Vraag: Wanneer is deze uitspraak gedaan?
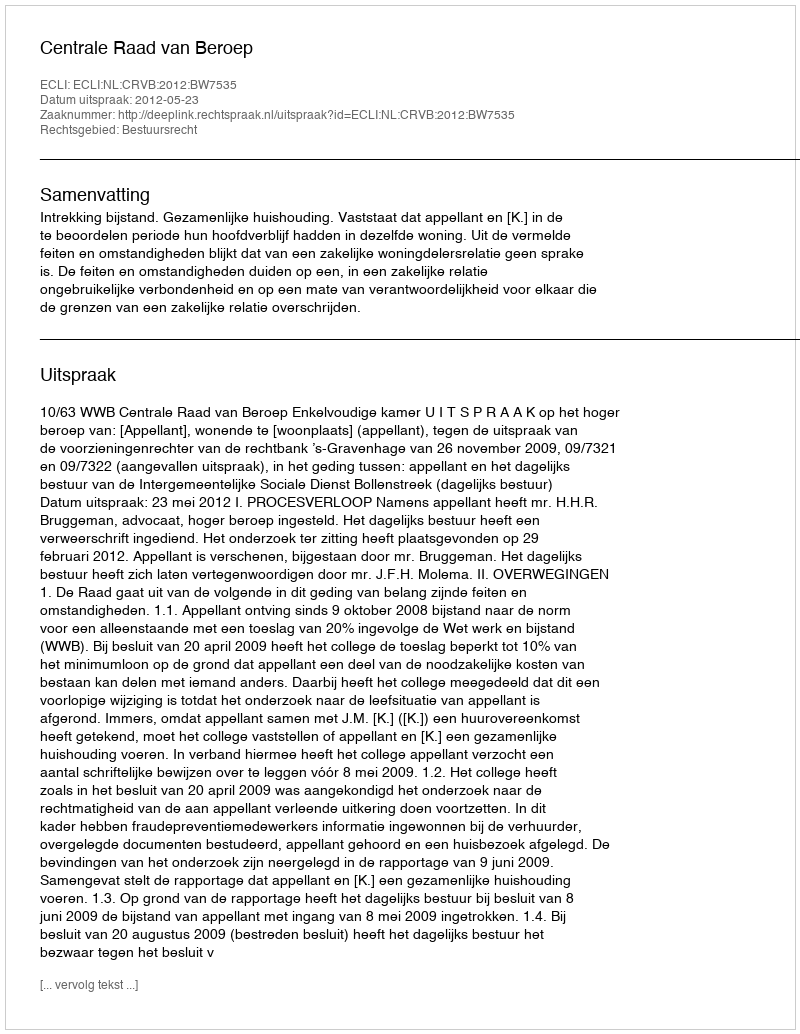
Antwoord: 2012-05-23